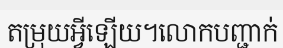
តម្រុយអ្វីឡើយ។លោកបញ្ជាក់